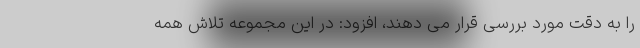
را به دقت مورد بررسی قرار می دهند، افزود: در این مجموعه تلاش همه